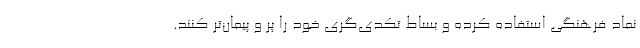
نماد فرهنگی استفاده کرده و بساط تکدی‌گری خود را پر و پیمان‌تر ‌کنند.